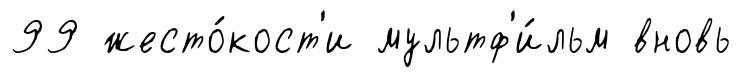
99 жесто́кост'и мультф'и́льм вновь